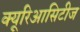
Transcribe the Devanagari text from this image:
क्यूरिआसिटीज